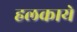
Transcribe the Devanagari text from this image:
हलकाये